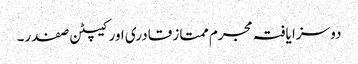
دو سزا یافتہ مجرم ممتاز قادری اور کیپٹن صفدر۔